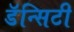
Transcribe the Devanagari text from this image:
डॅन्सिटी